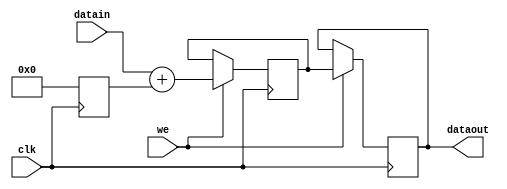
module spram_2 (we, dataout, datain, clk);
    input we; 
    output[13 - 1:0] dataout; 
    wire[13 - 1:0] dataout;
    input[13 - 1:0] datain; 
    input clk; 
    reg[13 - 1:0] temp_reg; 
    reg[13 - 1:0] mem1; 
    reg[13 - 1:0] mem2; 
    assign dataout = mem2 ;
    always @(posedge clk)
    begin
		temp_reg <= 0;
       if (we == 1'b1)
       begin
          mem1 <= datain + temp_reg; 
          mem2 <= mem1;
       end  
    end 
 endmodule